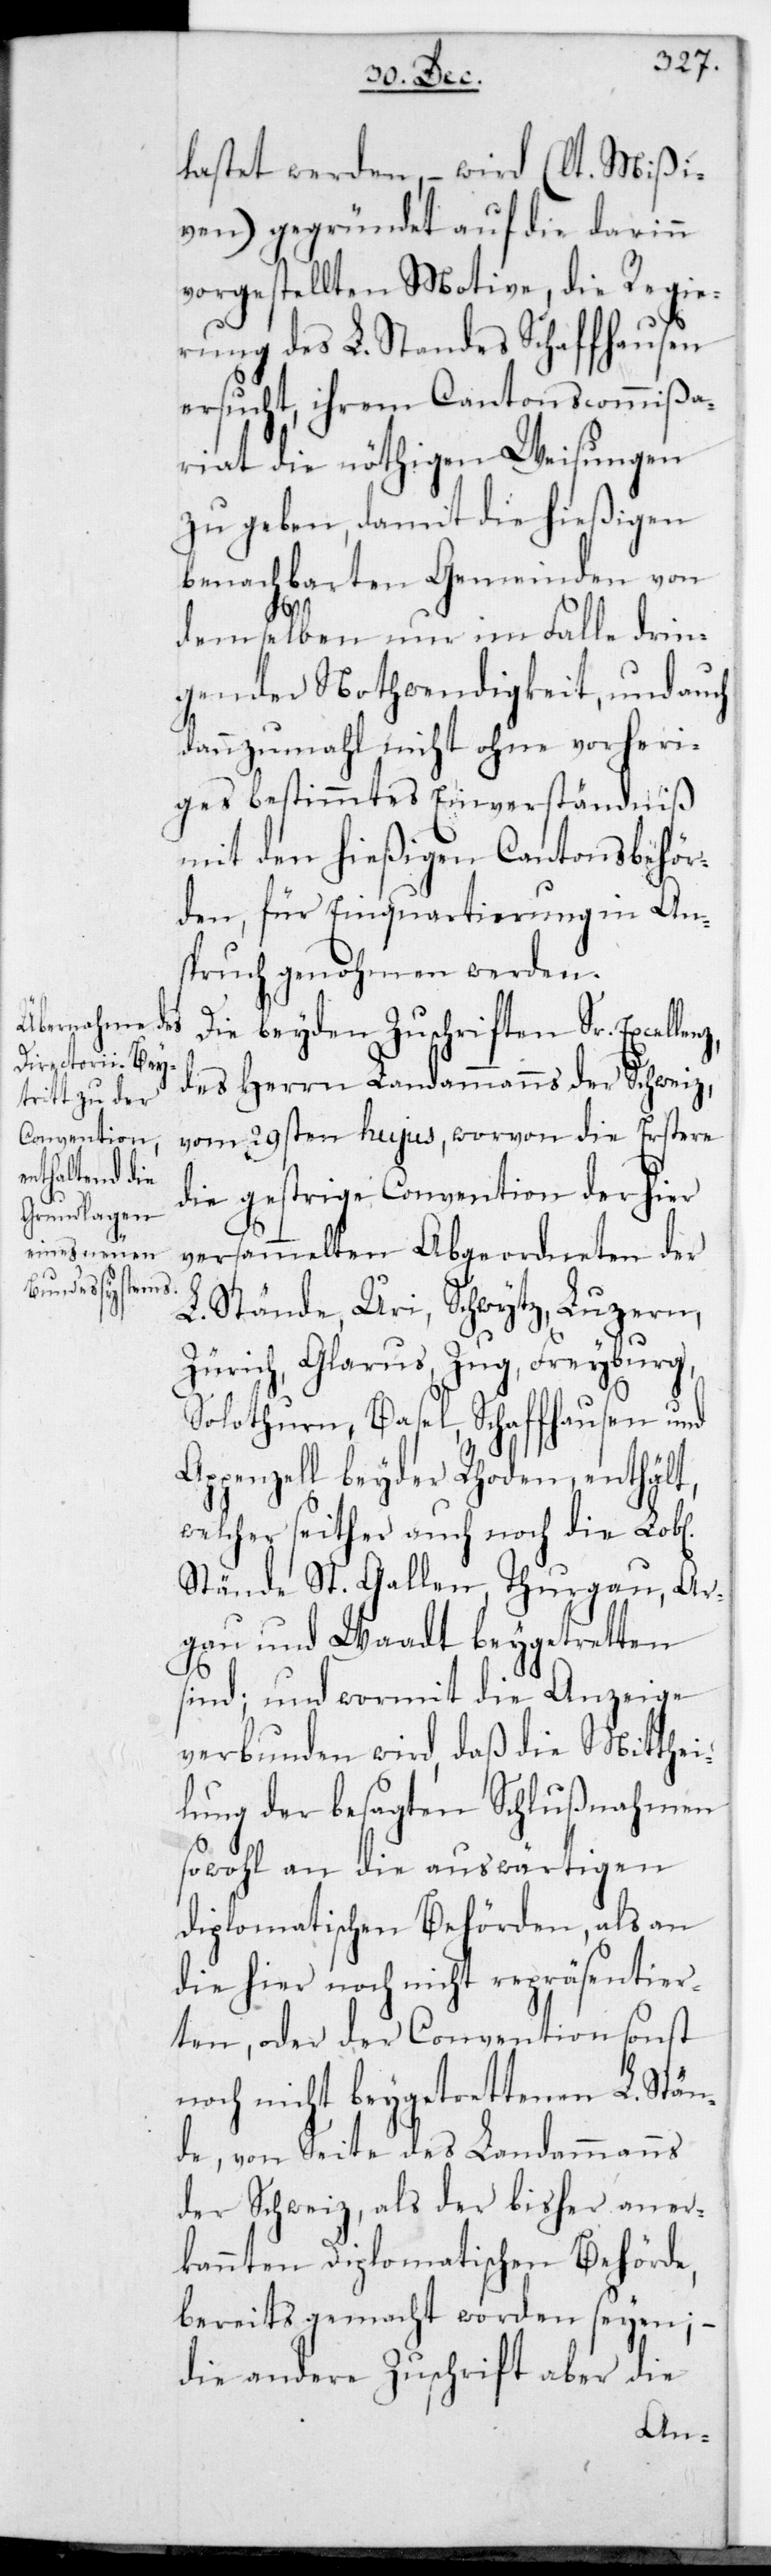
lastet werden, – wird (lt. Mißi¬
ven) gegründet auf die darin
vorgestellten Motive die Regie¬
rung des L. Standes Schaffhausen
ersucht, ihrem Cantonscommißa¬
riat die nöthigen Weisungen
zu geben, damit die hießigen
benachbarten Gemeinden von
z,
demselben nur im Falle drin¬
gender Nothwendigkeit, und auch
dannzumal nicht ohne vorheri¬
ges bestimmtes Einverständniß
mit den hießigen Cantonsbehör¬
den für Einquartierungen in An¬
spruch genohmen werden.
Die beyden Zuschriften Sr. Excellen¬
des Herrn Landammanns der Schweiz,
vom 29sten hujus, worvon die erstere
die gestrige Convention der hier
versammelten Abgeordneten der
L. Stände Uri, Schwytz, Luzern,
Zürich, Glarus, Zug, Freyburg,
Solothurn, Basel, Schaffhausen und
Appenzell beyder Rhoden enthält,
welcher seither auch noch die L.
Stände St. Gallen, Thurgau, Aar¬
gau und Waadt beigetretten
sind; und wormit die Anzeige
verbunden wird, daß die Mitthei¬
lung der besagten Schlußnahmen
sowohl an die auswärtigen
Diplomatischen Behörden, als an
die hier noch nicht repräsentier¬
ten oder der Convention sonst
noch nicht beygetrettenen L. Stän¬
de, von Seite des Landammanns
der Schweiz, als der bisher aner¬
kannten Diplomatischen Behörde,
bereits gemacht worden seyen;
die andere Zuschrift aber die